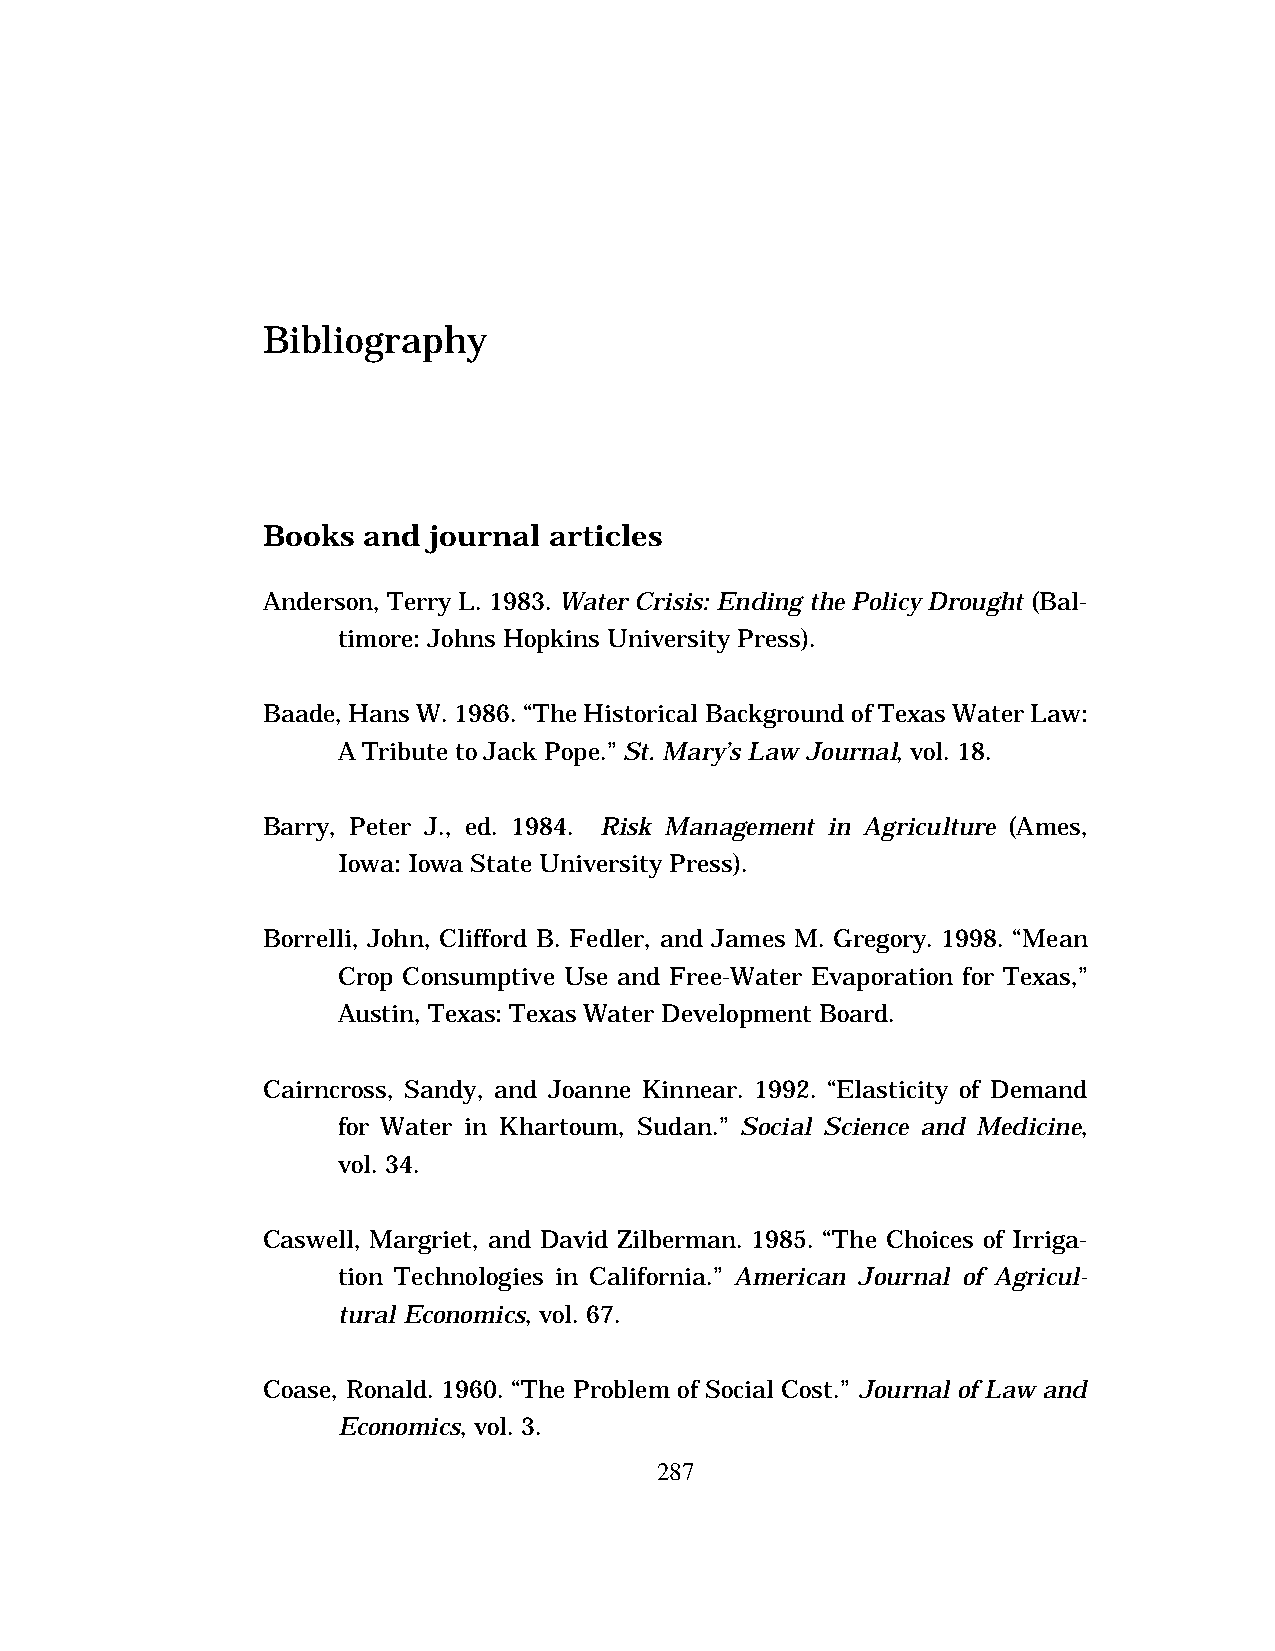
Bibliography
 Books  and journal articles
 Anderson, Terry L. 1983. Water Crisis: Ending the Policy Drought (Bal-
 timore: Johns Hopkins University Press).
 Baade, Hans W. 1986. “The Historical Background of Texas Water Law:
 A Tribute to Jack Pope.” St. Mary’s Law Journal, vol. 18.
 Barry, Peter J., ed. 1984. Risk Management in Agriculture (Ames,
 Iowa: Iowa State University Press).
 Borrelli, John, Clifford B. Fedler, and James M. Gregory. 1998. “Mean
 Crop Consumptive Use and Free-Water Evaporation for Texas,”
 Austin, Texas: Texas Water Development Board.
 Cairncross, Sandy, and Joanne Kinnear. 1992. “Elasticity of Demand
 for Water in Khartoum, Sudan.” Social Science and Medicine,
 vol. 34.
 Caswell, Margriet, and David Zilberman. 1985. “The Choices of Irriga-
 tion Technologies in California.” American Journal of Agricul-
 tural Economics, vol. 67.
 Coase, Ronald. 1960. “The Problem of Social Cost.” Journal of Law and
 Economics, vol. 3.
 287